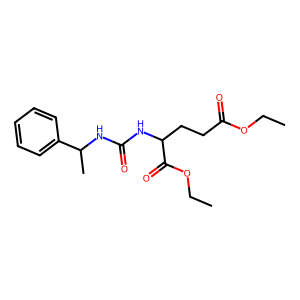
SMILES: CCOC(=O)CCC(NC(=O)NC(C)c1ccccc1)C(=O)OCC
Inhibits HIV replication: No